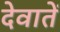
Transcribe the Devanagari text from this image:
देवातें